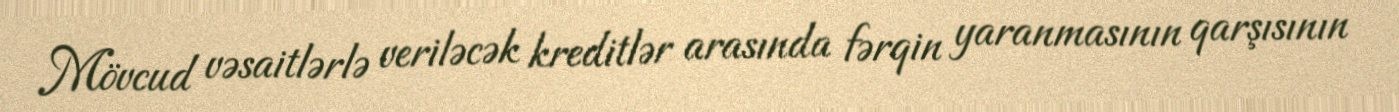
Mövcud vəsaitlərlə veriləcək kreditlər arasında fərqin yaranmasının qarşısının